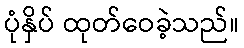
ပုံနှိပ် ထုတ်ဝေခဲ့သည်။